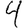
Digit: 4